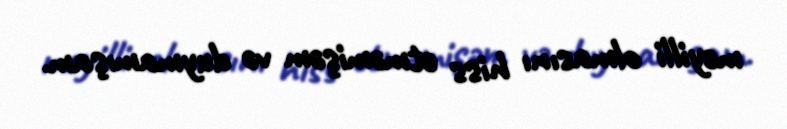
meyilli olmasını hiss etməmişəm və duymamışam.